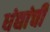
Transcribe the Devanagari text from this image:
धंद्यांची